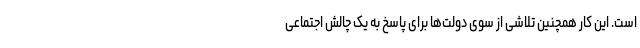
است. این کار همچنین تلاشی از سوی دولت‌ها برای پاسخ به یک چالش اجتماعی